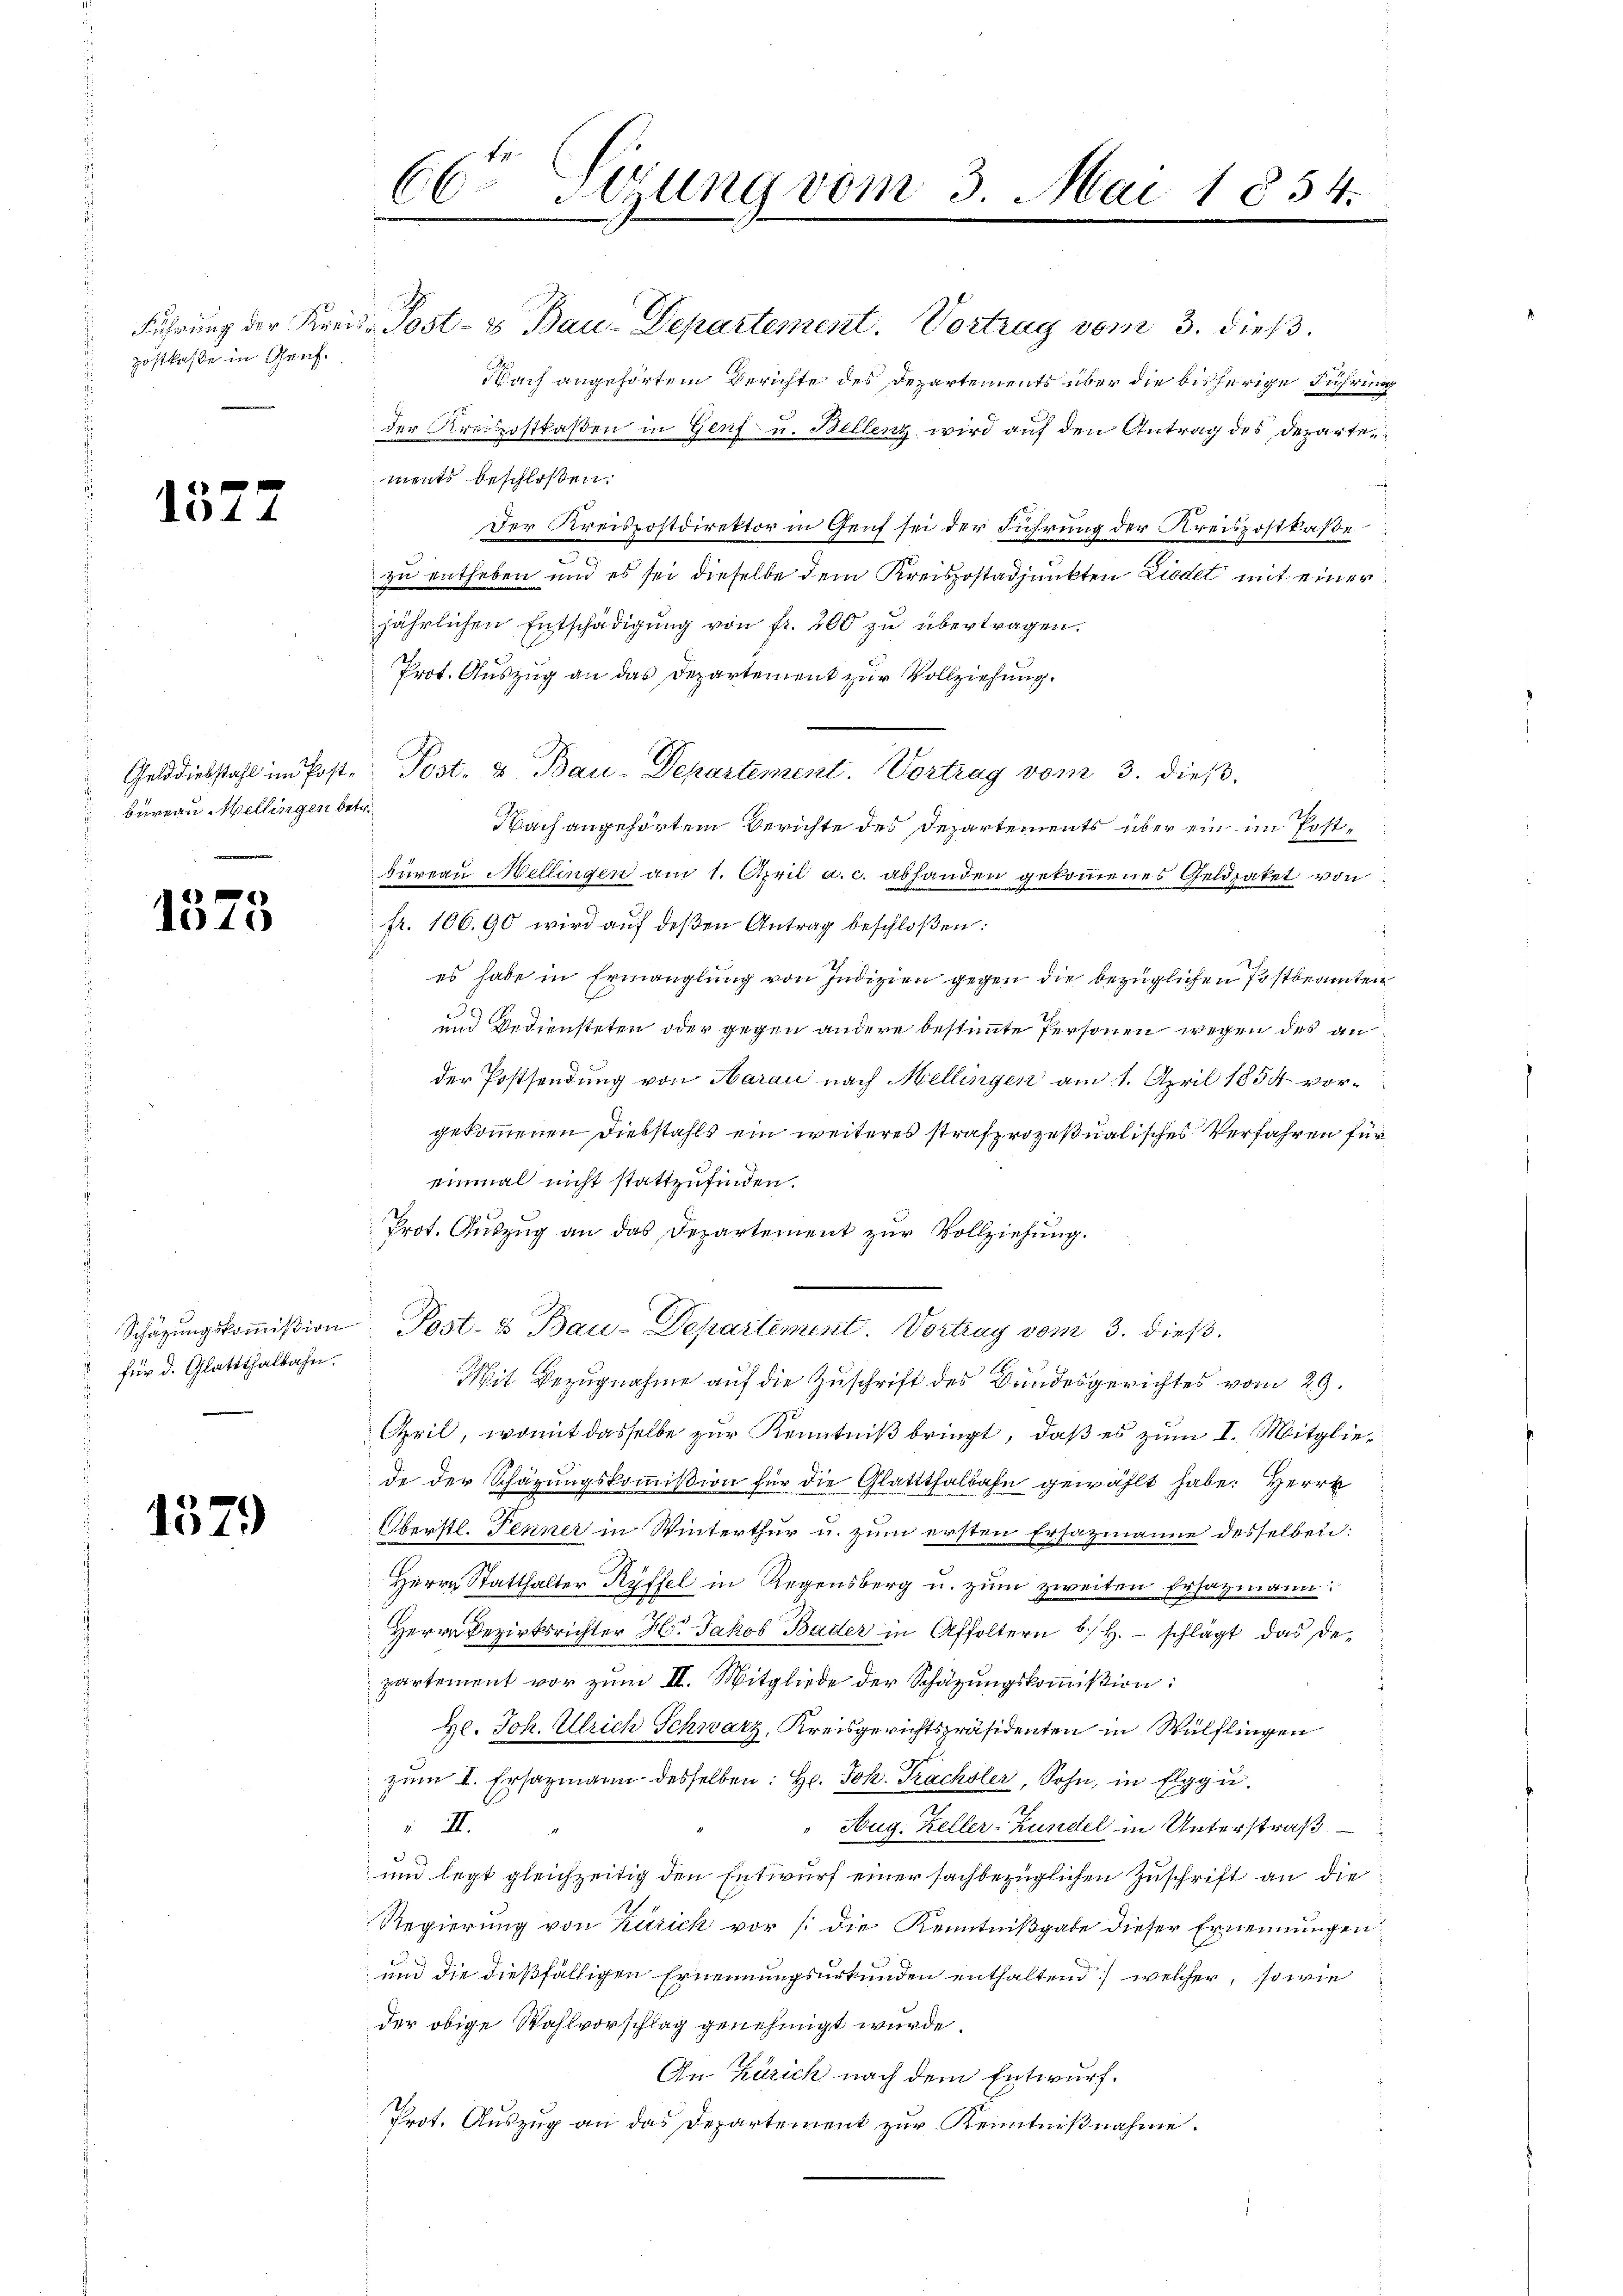
Führung der Kreiszostkasse in Gruf.

1577

Gelddiebstahl im Post¬
Bureau Mellingen bet

1573

Schätzungskommißion
für d. Glattthalbahn.

1579

66ten Sirung vom 3. Mai 1854.
d

Post- & Bau-Departement. Vortrag vom 3. dieß.
NNach angehörtem Berichte des Departements über die bisherige Führung
der Kreispostkasen in Genf u. Bellenz wird auf den Antrag des Departen
ments beschloßen:
Der Kreispostdirektor in Genf sei der Führung der Kreispostkase
zu entheben und es sei dieselbe dem Kreispostadjunkten Liedet mit einer
jährlichen Entschädigung von fr. 200 zu übertragen.
Prot. Auszug an das Departement zur Vollziehung.
Nach angehörtem Berichte des Departements über ein im Postbureau Mellingen am 1. April a. c. abhanden gekommenes Geldzaket von
fr. 106.90 wird aŭf deßen Antrag beschloßen:
es habe in Ermanglung von Indizien gegen die bezüglichen Postbeamten
2
und Bediensteten oder gegen andere bestimmte Personen wegen des ander Postsendung von Harau nach Mellingen am 1. April 1854 vorgekommenen Diebstahls ein weiteres strafprozeßualisches Verfahren für
einmal nicht stattzufinden.
Prot. Auszug an das Departement zur Vollziehung.
Post- & Bau-Departement. Vortrag vom 3. dieß
Mit Bezugnahme auf die Zuschrift des Bundesgerichtes vom 29.
April, womit dasselbe zur Kenntniß bringt, daß es zum I. Mitgliede der Schätzungskommißion für die Glattthalbahn gewählt habe. Herrn
Oberstl. Fenner in Winterthur u. zum ersten Ersazmanne desselben:
Herrn Statthalter Ryffel in Regensberg u. zum zweiten Ersatzmann:
Herrn Bezirksrichter Hr. Jakob Bader in Affoltern b/H. - schlägt das De-
partement vor zum II. Mitgliede der Schätzungskommißion:
H. Joh. Ulrich Schwarz, Kreisgerichtspräsidenten in Wülflingen
zŭm I. Ersazmann desselben: Hr. Joh. Trächsler, Sohn, in Elgg u.
 II.
Aug. Keller-Bundel in Unterstraß
und legt gleichzeitig den Entwurf einer sachbezüglichen Zuschrift an die
Regierung von Kurich vor (die Kenntnißgabe dieser Ernennungen
und die dießfälligen Ernennungsurkunden enthaltend welcher, so wie
der obige Wahlvorschlag genehmigt wurde.
In Zürich nach dem Entwurf.
Prot. Auszug an das Departement zur Kenntnißnahme.

Post. & Bau-Departement. Vortrag vom 3. dieß,